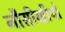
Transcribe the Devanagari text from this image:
नौसीखीयों